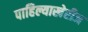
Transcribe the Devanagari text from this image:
पाहिल्याखेरीज